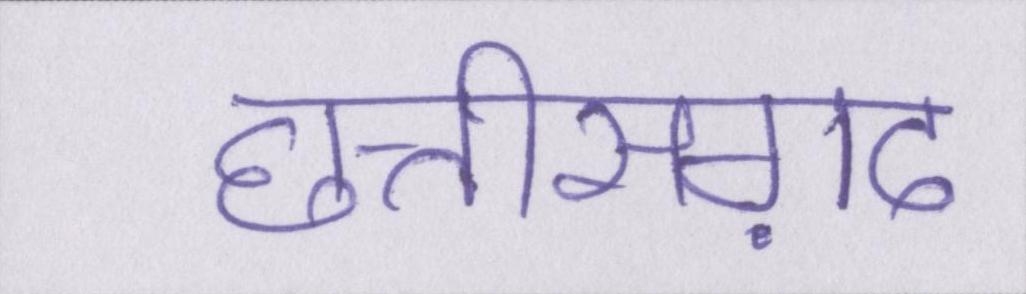
छत्तीसग़ढ